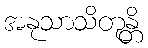
အနုသာသိတုန္တိ